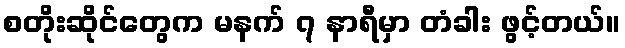
စတိုးဆိုင်တွေက မနက် ၇ နာရီမှာ တံခါး ဖွင့်တယ်။